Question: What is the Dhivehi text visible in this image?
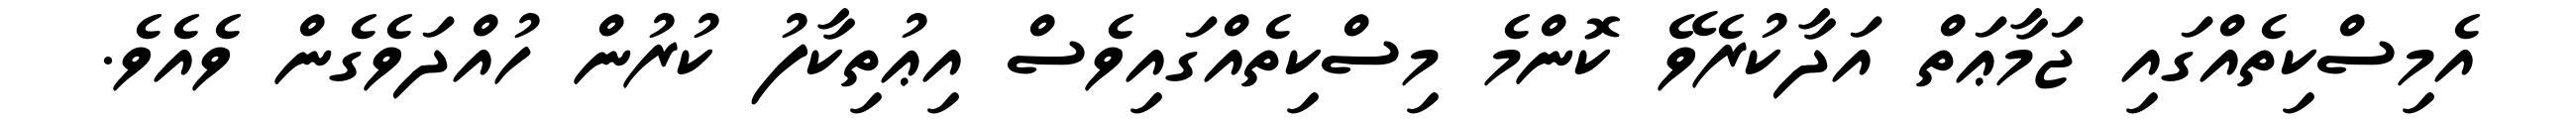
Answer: އެމިސްކިތެއްގައި ޖަމާޢަތް އަދާކުރެވޭ ކޮންމެ މިސްކިތެއްގައިވެސް އިޢުތިކާފު ކުރުން ހުއްދަވެގެން ވެއެވެ.